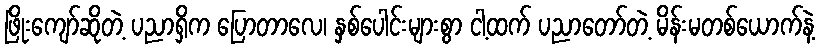
ဖြိုးကျော်ဆိုတဲ့ ပညာရှိက ပြောတာလေ၊ နှစ်ပေါင်းများစွာ ငါ့ထက် ပညာတော်တဲ့ မိန်းမတစ်ယောက်နဲ့